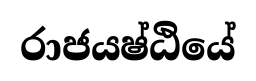
රාජයෂ්ඨියේ